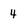
Character: 4